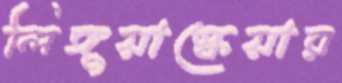
লিঙ্গুয়াস্কেয়ার